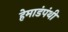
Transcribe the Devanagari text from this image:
हेमाडंपंथी